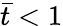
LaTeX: \bar{t}<1